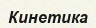
Кинетика